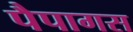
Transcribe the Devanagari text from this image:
पैपागस